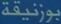
بورنيقة